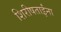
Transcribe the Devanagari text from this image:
शिरीषताईंना